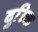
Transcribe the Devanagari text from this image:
दुरिक